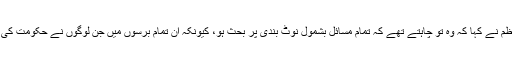
کانگریس کو نشانہ بناتے ہوئے وزیرا عظم نے کہا کہ وہ تو چاہتے تھے کہ تمام مسائل بشمول نوٹ بندی پر بحث ہو، کیونکہ ان تمام برسوں میں جن لوگوں نے حکومت کی، انہیں سچائی ہضم کرنے میں دقت ہے ۔